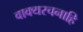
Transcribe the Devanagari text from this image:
वाक्यरचनाहि